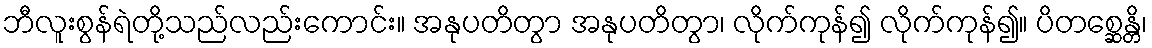
ဘီလူးစွန်ရဲတို့သည်လည်းကောင်း။ အနုပတိတွာ အနုပတိတွာ၊ လိုက်ကုန်၍ လိုက်ကုန်၍။ ပိတစ္ဆေန္တိ၊